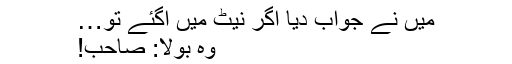
میں نے جواب دیا اگر نیٹ میں آگئے تو…
وہ بولا: صاحب!